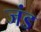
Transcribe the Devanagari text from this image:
जंड